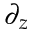
\partial _ { z }